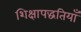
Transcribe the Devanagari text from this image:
शिक्षापद्धतियाँ